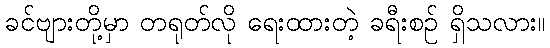
ခင်ဗျားတို့မှာ တရုတ်လို ရေးထားတဲ့ ခရီးစဉ် ရှိသလား။